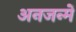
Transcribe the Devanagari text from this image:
अनजन्में